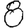
Digit: 8